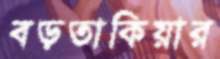
বড়তাকিয়ার